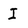
Character: I